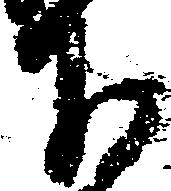
下